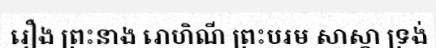
រឿង ព្រះនាង រោហិណី ព្រះបរម សាស្តា ទ្រង់